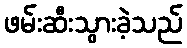
ဖမ်းဆီးသွားခဲ့သည်